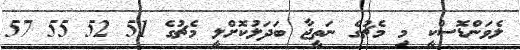
ލެވަންޑޮސްކީ މި މެޗުގެ ނަތީޖާ ބަދަލުކޮށްލީ މެޗުގެ 51 52 55 57